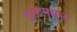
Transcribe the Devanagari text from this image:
ट्रस्टमधून